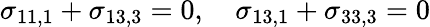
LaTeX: \sigma_{11,1}+\sigma_{13,3}=0,\quad\sigma_{13,1}+\sigma_{33,3}=0